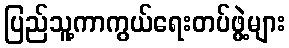
ပြည်သူ့ကာကွယ်ရေးတပ်ဖွဲ့များ